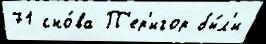
71 сно́ва П'ер'игор бы́л'и